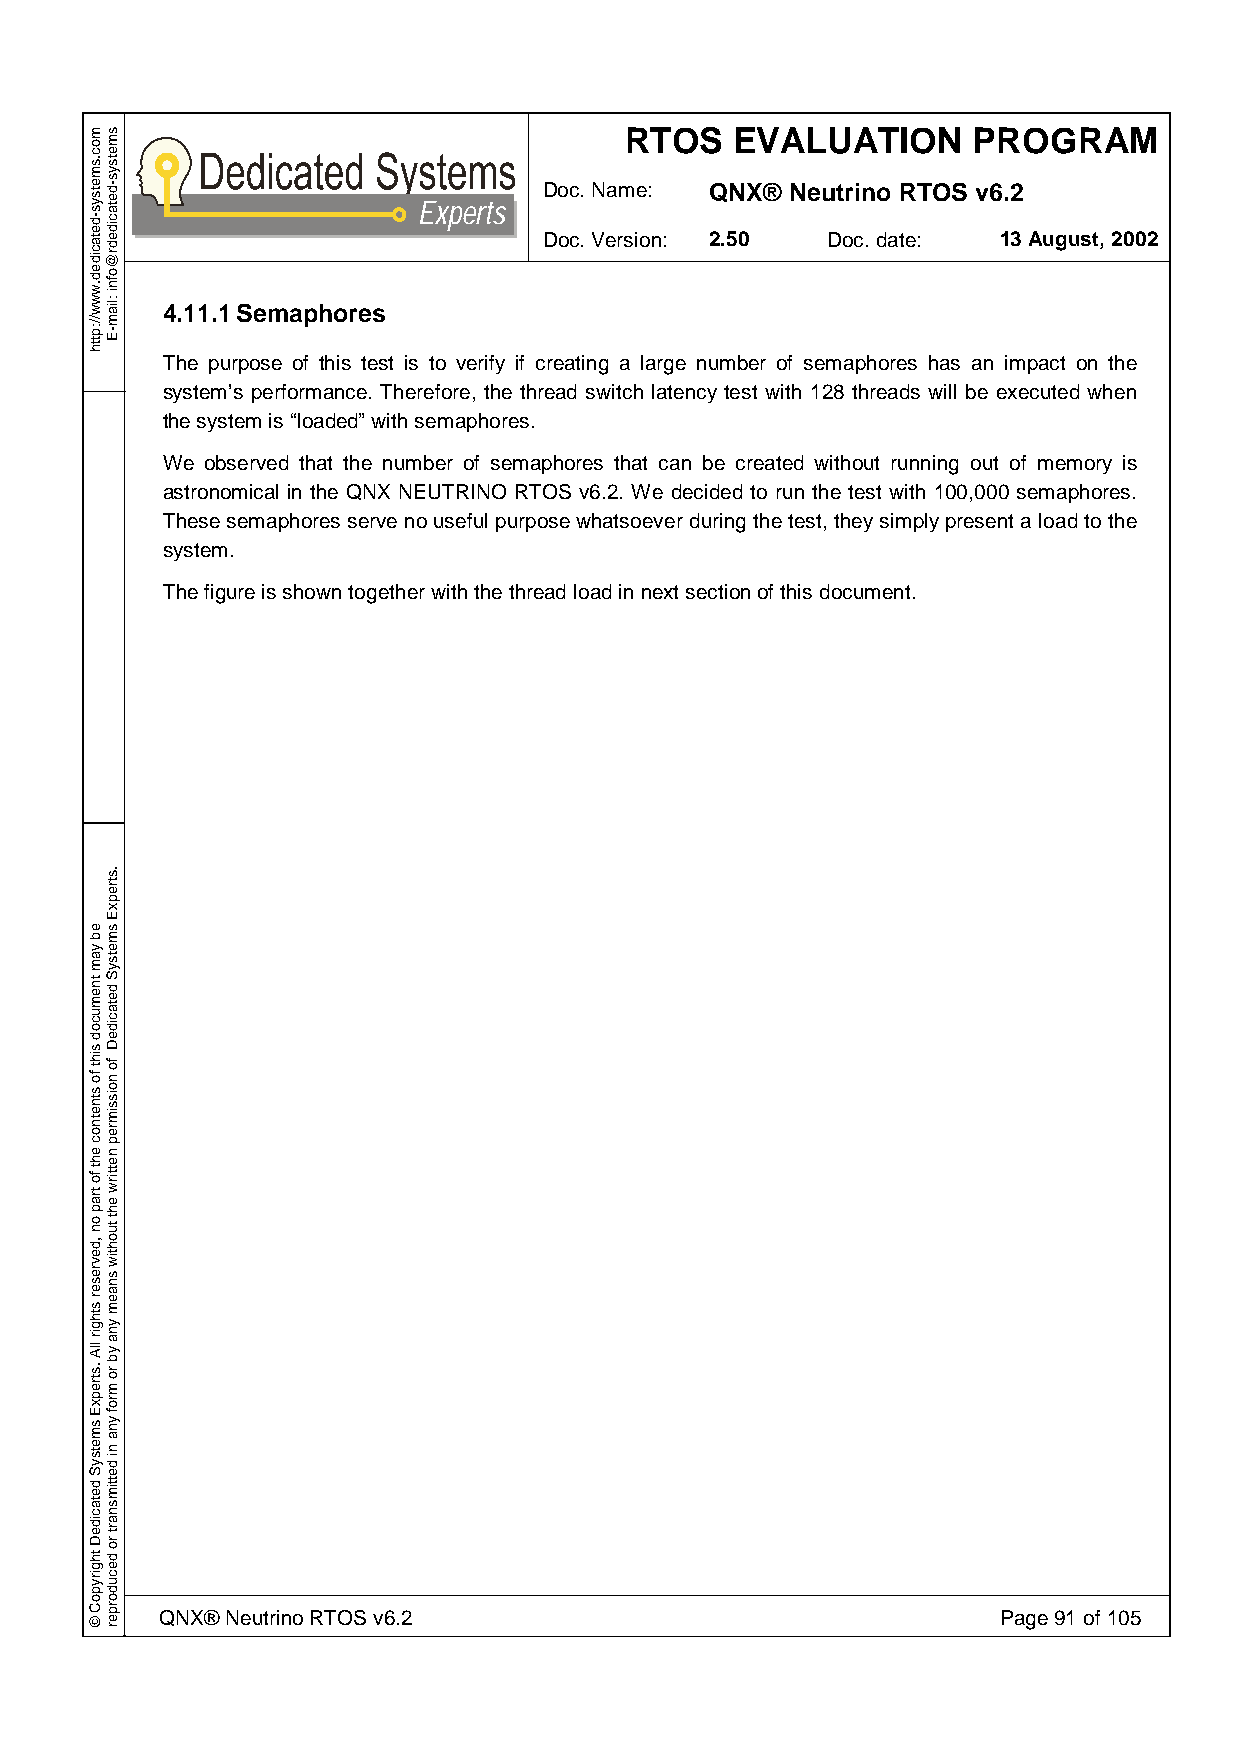
RTOS    EVALUATION     PROGRAM
 Doc. Name: QNX® Neutrino RTOS v6.2
 Experts
 Doc. Version: 2.50 Doc. date: 13 August, 2002
 4.11.1 Semaphores
 The purpose of this test is to verify if creating a large number of semaphores has an impact on the
 system’s performance. Therefore, the thread switch latency test with 128 threads will be executed when
 the system is “loaded” with semaphores.
 We observed that the number of semaphores that can be created without running out of memory is
 astronomical in the QNX NEUTRINO RTOS v6.2. We decided to run the test with 100,000 semaphores.
 These semaphores serve no useful purpose whatsoever during the test, they simply present a load to the
 system.
 The figure is shown together with the thread load in next section of this document.
 QNX® Neutrino RTOS v6.2                                Page 91 of 105
 moc.smetsys-detacided.www//:ptth
 eb
 yam
 tnemucod
 siht
 fo
 stnetnoc
 eht
 fo
 trap
 on
 ,devreser
 sthgir
 llA
 .strepxE
 smetsyS
 detacideD
 thgirypoC
 ©
 smetsys-detacidedr@ofni
 :liam-E
 .strepxE
 smetsyS
 detacideD
 fo
 noissimrep
 nettirw
 eht
 tuohtiw
 snaem
 yna
 yb
 ro
 mrof
 yna
 ni
 dettimsnart
 ro
 decudorper